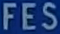
FES